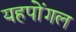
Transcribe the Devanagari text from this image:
यहपोंगल